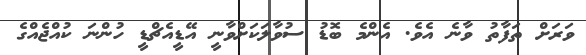
ވަރަށް ތަފާތު ވާނެ އެވެ. އެންމެ ބޮޑު ސުވާލަކަށްވާނީ އޭޑީއެޗްޑީ ހުންނަ ކުއްޖެއްގެ